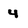
Character: 4